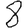
Digit: 8